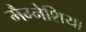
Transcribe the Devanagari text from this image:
मैग्नेशिया